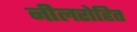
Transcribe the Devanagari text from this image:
नीलरोहित